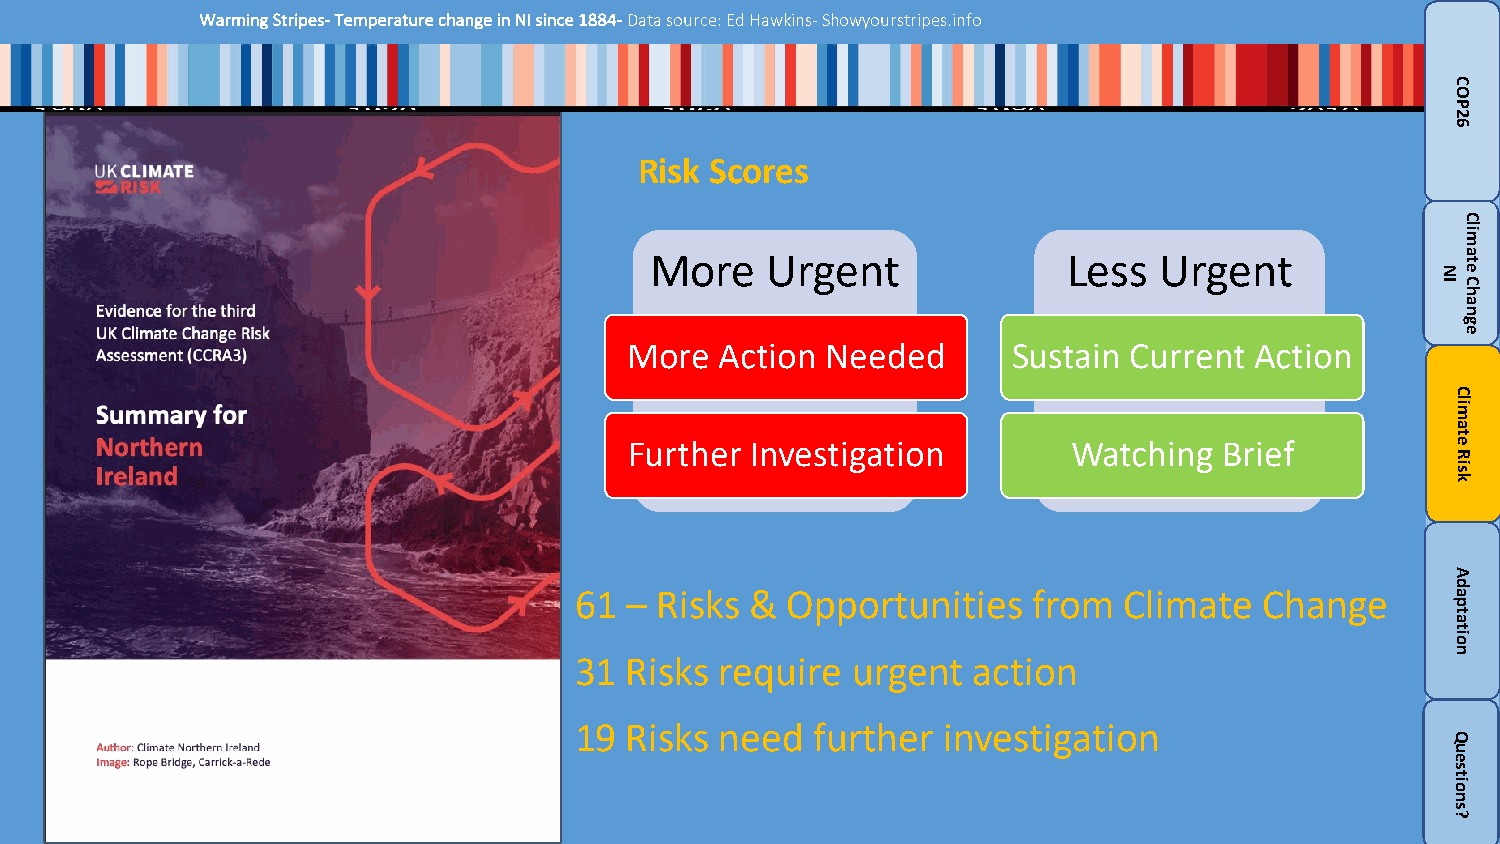
Warming Stripes-Temperature change in NI since 1884-Data source: Ed Hawkins-Showyourstripes.info
 Risk Scores
 More    Urgent              Less  Urgent
 More  Action Needed      Sustain Current Action
 Further Investigation        Watching  Brief
 61 – Risks  & Opportunities   from  Climate   Change
 31 Risks  require urgent  action
 19 Risks  need  further  investigation
 NI
 COP26
 Climate
 Risk
 Adaptation
 Questions?
 Climate
 Change